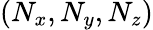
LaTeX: (N_{x},N_{y},N_{z})